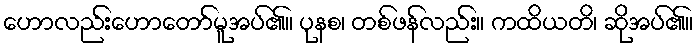
ဟောလည်းဟောတော်မူအပ်၏။ ပုနစ၊ တစ်ဖန်လည်း။ ကထိယတိ၊ ဆိုအပ်၏။